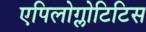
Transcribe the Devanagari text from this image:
एपिलोग्लोटिटिस